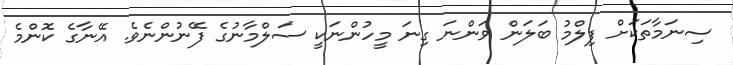
ސިނަމާތަކަށް ފިލްމު ބަލަން ވަންނަ ގިނަ މީހުންނަކީ ސަލްމާނުގެ ފޭނުންނެވެ. އޭނާގެ ކޮންމެ